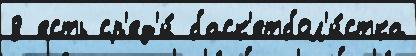
8 есть ср'ед'и́ баск'етбол'и́стка